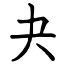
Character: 夬